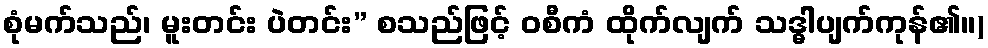
စုံမက်သည်၊ မူးတင်း ပဲတင်း” စသည်ဖြင့် ဝစီကံ ထိုက်လျက် သဒ္ဓါပျက်ကုန်၏။)